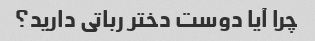
چرا آیا دوست دختر رباتی دارید؟